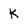
Character: K